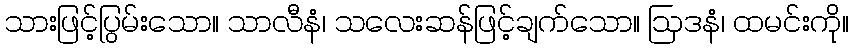
သားဖြင့်ပြွမ်းသော။ သာလီနံ၊ သလေးဆန်ဖြင့်ချက်သော။ ဩဒနံ၊ ထမင်းကို။